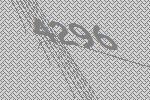
4296